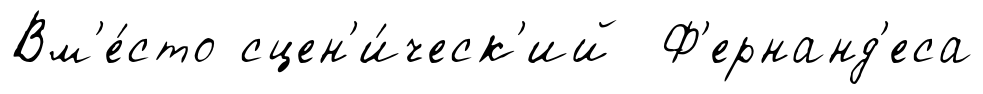
Вм'е́сто сцен'и́ческ'ий Ф'ернанд'еса